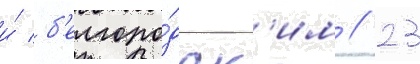
и́ б'елгоро́дск'им // 23